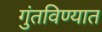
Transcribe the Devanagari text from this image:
गुंतविण्यात